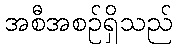
အစီအစဉ်ရှိသည်